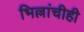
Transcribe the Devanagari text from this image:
भिल्लांचीही